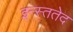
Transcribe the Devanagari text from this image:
इन्स्ततेद